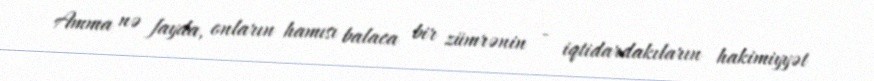
Amma nə fayda, onların hamısı balaca bir zümrənin - iqtidardakıların hakimiyyət